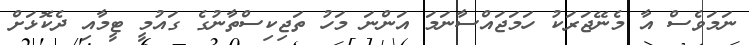
ނަމަވެސް އާ މެނޭޖަރަކު ހަމަޖައްސާނަމަ އަންނަ މަހު ތަޖިކިސްތާނުގެ ގައުމީ ޓީމާއި ދެކޮޅަށް